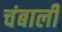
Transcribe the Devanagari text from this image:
चंबाली